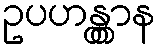
ဥပဟန္တွာန